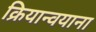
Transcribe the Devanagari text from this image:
क्रियान्वयाना